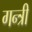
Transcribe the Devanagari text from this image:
गन्त्री